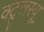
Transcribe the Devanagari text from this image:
क्टूलस्यू